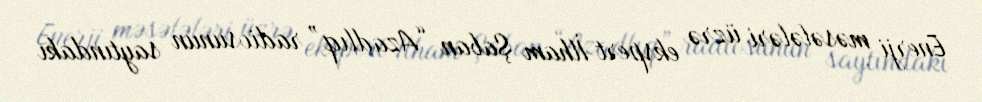
Enerji məsələləri üzrə ekspert İlham Şaban “Azadlıq” radiosunun saytındakı